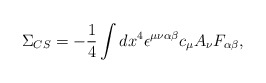
\begin{align*}\Sigma _{CS}=-\frac{1}{4}\int dx^{4}\epsilon ^{\mu \nu \alpha \beta }c_{\mu}A_{\nu }F_{\alpha \beta }, \end{align*}